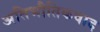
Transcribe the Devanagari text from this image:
अतिभौतिकवाद